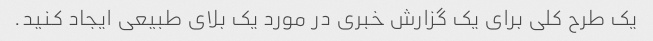
یک طرح کلی برای یک گزارش خبری در مورد یک بلای طبیعی ایجاد کنید.